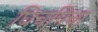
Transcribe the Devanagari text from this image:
घिचपिचा